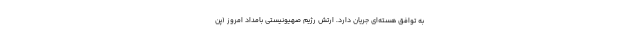
به توافق هسته‌ای جریان دارد. ارتش رژیم صهیونیستی بامداد امروز (پن